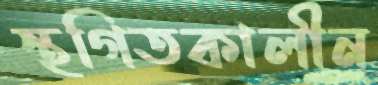
স্থগিতকালীন